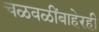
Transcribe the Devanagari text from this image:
चळवळींबाहेरही